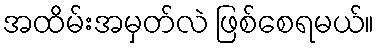
အထိမ်းအမှတ်လဲ ဖြစ်စေရမယ်။